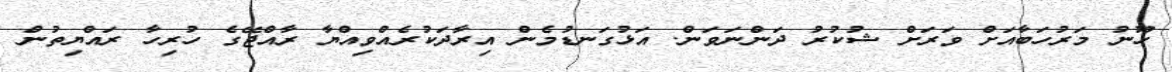
ހޫނު މަރުހަބާއަށް ވަރަށް ޝުކުރު ދަންނަވަން. އަޅުގަނޑުމެން އިރާދަކުރެއްވިއްޔާ ރާއްޖޭގެ ހުރިހާ ރައްޔިތުން